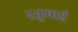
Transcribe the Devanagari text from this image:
रतुभाई